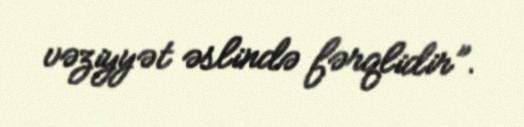
vəziyyət əslində fərqlidir”.